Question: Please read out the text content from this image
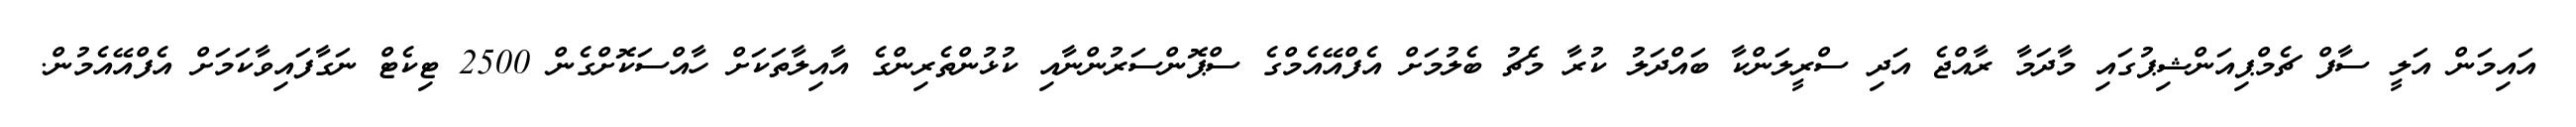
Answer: އައިމަން އަލީ ސާފް ޗެމްޕިއަންޝިޕުގައި މާދަމާ ރާއްޖެ އަދި ސްރީލަންކާ ބައްދަލު ކުރާ މެޗު ބެލުމަށް އެފްއޭއެމްގެ ސްޕޮންސަރުންނާއި ކުޅުންތެރިންގެ އާއިލާތަކަށް ހާއްސަކޮށްގެން 2500 ޓިކެޓް ނަގާފައިވާކަމަށް އެފްއޭއެމުން.